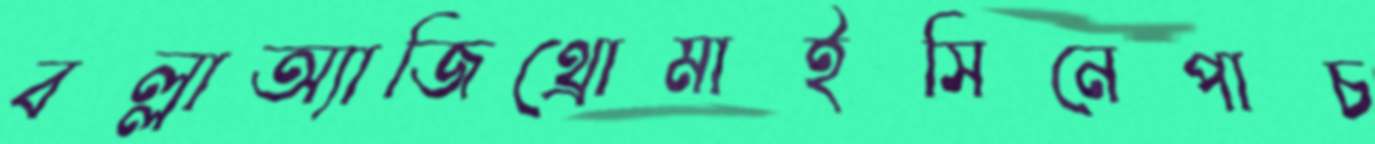
বল্লাঅ্যাজিথ্রোমাইসিনেপাচ